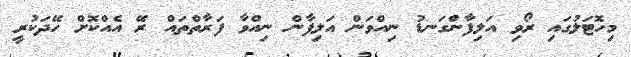
މިހޮޓަލުގައި ރޯވި އަލިފާންގަނޑު ނިއްވަން އަލިފާން ނިއްވާ ފަރާތްތައް ރޭ އެއްކޮށް ހޭދަކުރީ